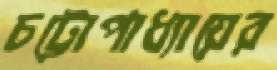
চট্টোপাধ্যায়ের